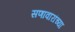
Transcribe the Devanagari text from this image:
सणावारांच्या